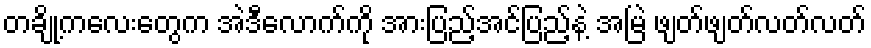
တချို့ကလေးတွေက အဲဒီလောက်ကို အားပြည့်အင်ပြည့်နဲ့ အမြဲ ဖျတ်ဖျတ်လတ်လတ်